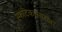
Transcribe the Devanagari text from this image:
स्फटिकासारखा